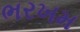
ભરખમ